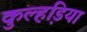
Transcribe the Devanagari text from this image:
कुल्हडि़या